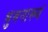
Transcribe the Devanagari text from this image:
भुवनाख्यं